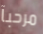
مرحبآ